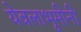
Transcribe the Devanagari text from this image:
येवलाभूमीनी